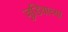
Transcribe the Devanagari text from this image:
जुडियाच्या